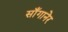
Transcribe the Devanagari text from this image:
साँगानेर